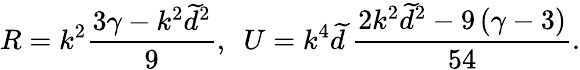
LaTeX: R=k^{2}\frac{3\gamma-k^{2}\widetilde{d}^{2}}{9},~~U=k^{4}\widetilde{d}~\frac{2k^{2}\widetilde{d}^{2}-9\left(\gamma-3\right)}{54}.